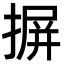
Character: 摒